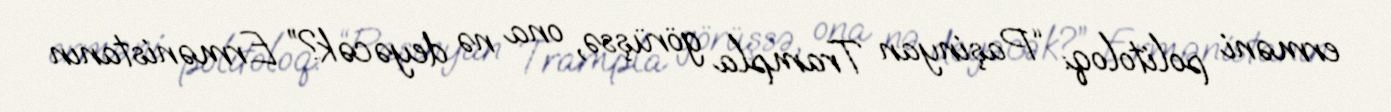
erməni politoloq: “Paşinyan Trampla görüşsə, ona nə deyəcək?” Ermənistanın